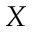
X